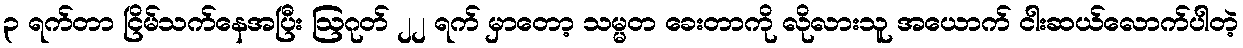
၃ ရက်တာ ငြိမ်သက်နေအပြီး ဩဂုတ် ၂၂ ရက် မှာတော့ သမ္မတ ခေးတာကို လိုလားသူ အယောက် ငါးဆယ်လောက်ပါတဲ့